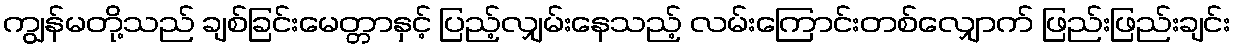
ကျွန်မတို့သည် ချစ်ခြင်းမေတ္တာနှင့် ပြည့်လျှမ်းနေသည့် လမ်းကြောင်းတစ်လျှောက် ဖြည်းဖြည်းချင်း